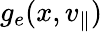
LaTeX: g_{e}(x,v_{\parallel})